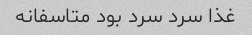
غذا سرد سرد بود متاسفانه